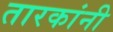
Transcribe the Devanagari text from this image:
तारकांनी